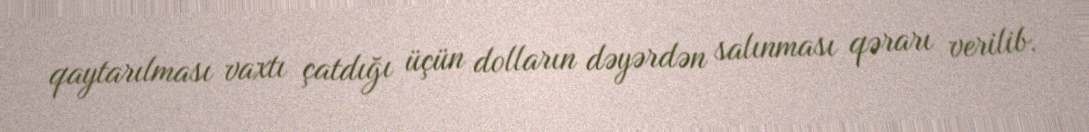
qaytarılması vaxtı çatdığı üçün dolların dəyərdən salınması qərarı verilib.